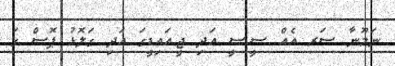
ނަމޫނާ ސަރ އެއް ސީ.ސީ އަދި ޖީ.އައިޑީގަ އަދި ގަލޮޅު ޕޮސް ގަ